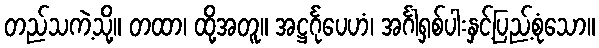
တည်သကဲ့သို့။ တထာ၊ ထို့အတူ။ အဋ္ဌင်္ဂုပေဟံ၊ အင်္ဂါရှစ်ပါးနှင့်ပြည့်စုံသော။